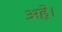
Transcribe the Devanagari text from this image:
अहे।